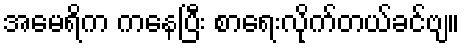
အမေရိက ကနေပြီး စာရေးလိုက်တယ်ခင်ဗျ။